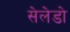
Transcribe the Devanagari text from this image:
सेलेडो